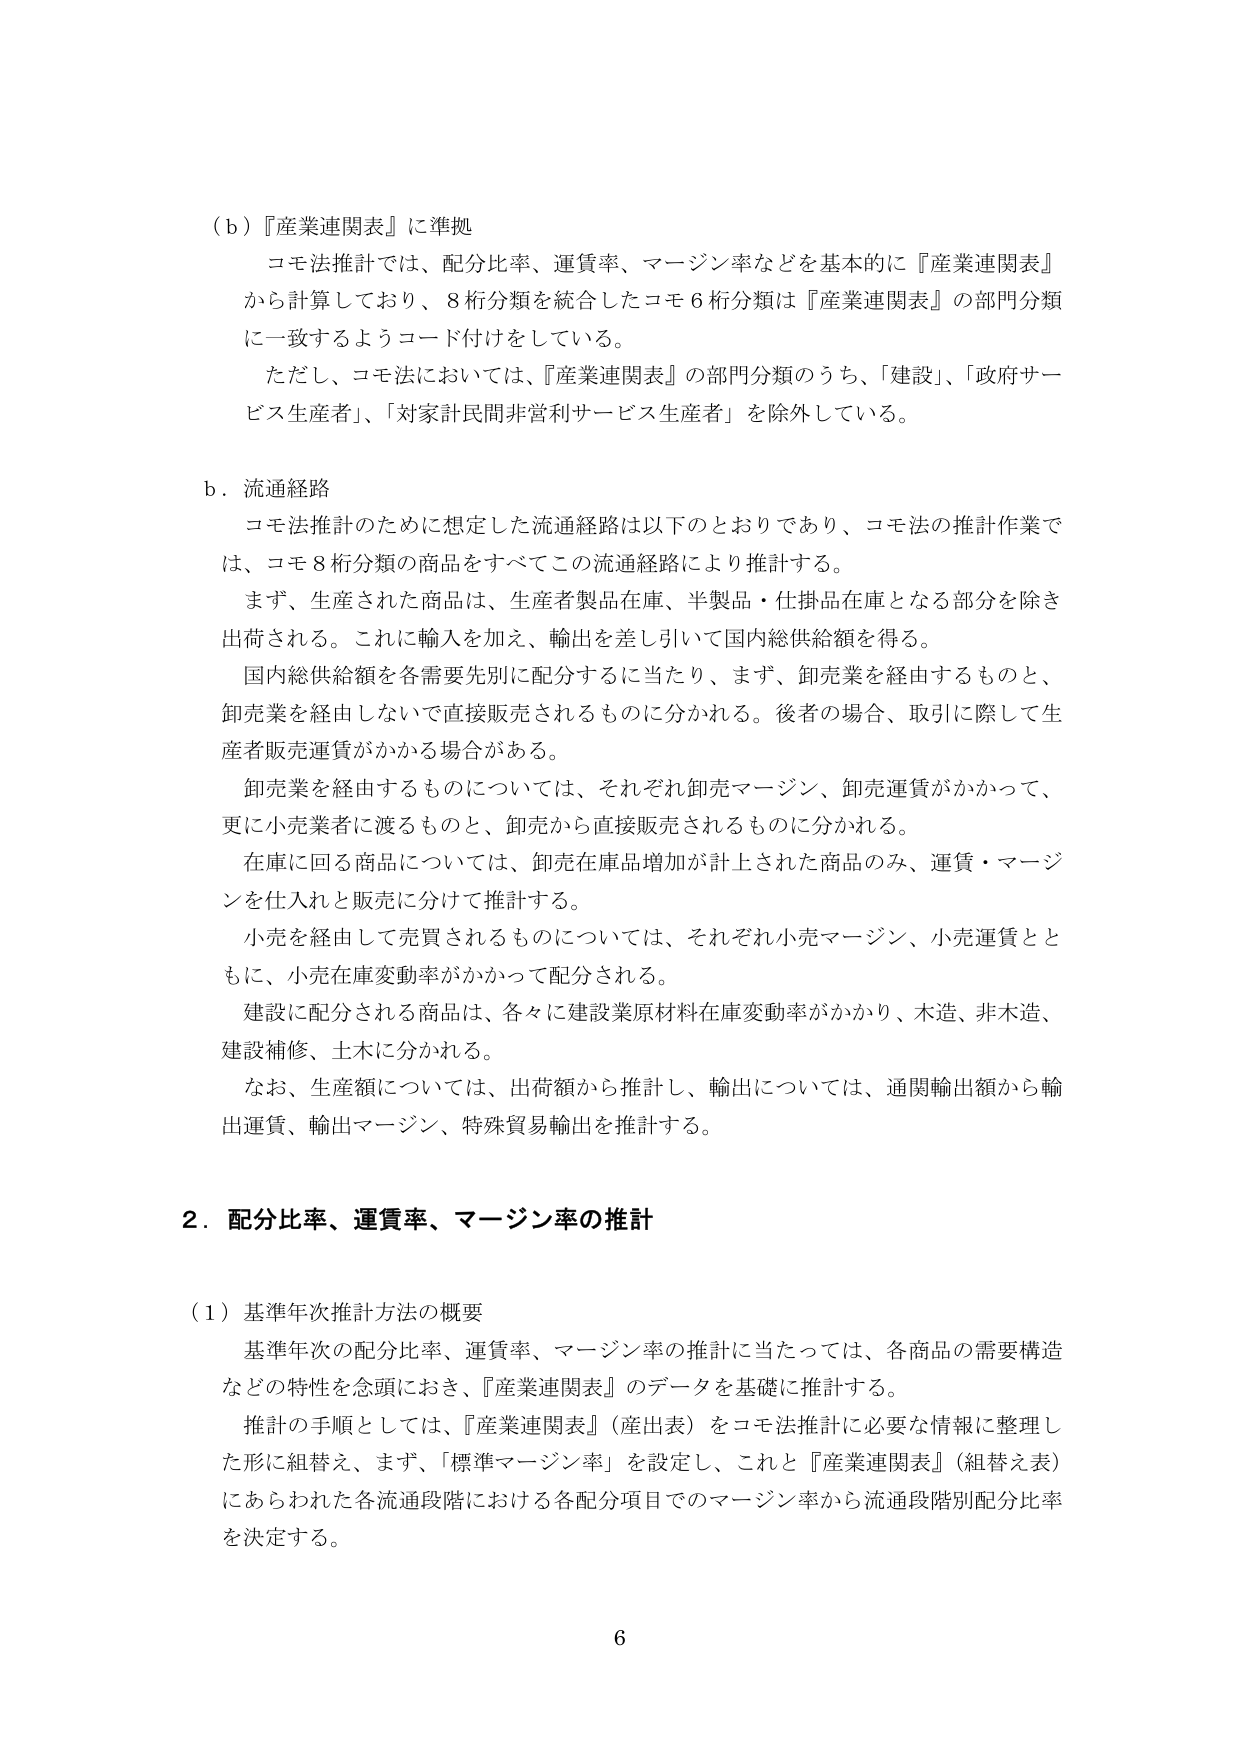
（ｂ）『産業連関表』に準拠
コモ法推計では、配分比率、運賃率、マージン率などを基本的に『産業連関表』
から計算しており、８桁分類を統合したコモ６桁分類は『産業連関表』の部門分類
に一致するようコード付けをしている。
ただし、コモ法においては、『産業連関表』の部門分類のうち、「建設」、「政府サービス生産者」、「対家計民間非営利サービス生産者」を除外している。

ｂ．流通経路
コモ法推計のために想定した流通経路は以下のとおりであり、コモ法の推計作業で
は、コモ８桁分類の商品をすべてこの流通経路により推計する。
まず、生産された商品は、生産者製品在庫、半製品・仕掛品在庫となる部分を除き
出荷される。これに輸入を加え、輸出を差し引いて国内総供給額を得る。
国内総供給額を各需要先別に配分するに当たり、まず、卸売業を経由するものと、
卸売業を経由しないで直接販売されるものに分かれる。後者の場合、取引に際して生
産者販売運賃がかかる場合がある。
卸売業を経由するものについては、それぞれ卸売マージン、卸売運賃がかかって、
更に小売業者に渡るものと、卸売から直接販売されるものに分かれる。
在庫に回る商品については、卸売在庫品増加が計上された商品のみ、運賃・マージ
ンを仕入れと販売に分けて推計する。
小売を経由して売買されるものについては、それぞれ小売マージン、小売運賃とと
もに、小売在庫変動率がかかって配分される。
建設に配分される商品は、各々に建設業原材料在庫変動率がかかり、木造、非木造、
建設補修、土木に分かれる。
なお、生産額については、出荷額から推計し、輸出については、通関輸出額から輸
出運賃、輸出マージン、特殊貿易輸出を推計する。

２．配分比率、運賃率、マージン率の推計

（１）基準年次推計方法の概要
基準年次の配分比率、運賃率、マージン率の推計に当たっては、各商品の需要構造
などの特性を念頭におき、『産業連関表』のデータを基礎に推計する。
推計の手順としては、『産業連関表』（産出表）をコモ法推計に必要な情報に整理し
た形に組替え、まず、「標準マージン率」を設定し、これと『産業連関表』（組替え表）
にあらわれた各流通段階における各配分項目でのマージン率から流通段階別配分比率
を決定する。

6